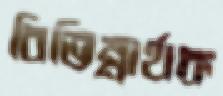
বিভিন্নার্থক